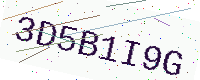
Text: 3D5B1I9G